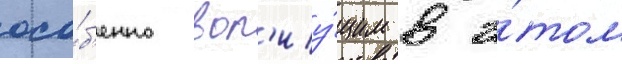
осо́б'енно воп'иу́щим в э́том